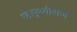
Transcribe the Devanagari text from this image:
रहे।पृथ्वीराज